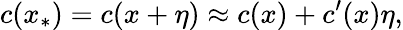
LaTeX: c(x_{\ast})=c(x+\eta)\approx c(x)+c^{\prime}(x)\eta,